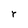
Character: r